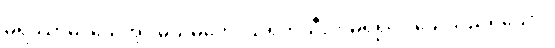
မရိဿာမိ၊ သေအံ့။ မယိမတေ၊ သရက်သီးကိုမရ၍ ငါသေသည်ရှိသော်။